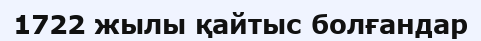
1722 жылы қайтыс болғандар